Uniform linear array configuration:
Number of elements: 48
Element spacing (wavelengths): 1
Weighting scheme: exponential
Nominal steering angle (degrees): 15
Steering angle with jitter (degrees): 16.267
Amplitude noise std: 0.05
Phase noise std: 0.05

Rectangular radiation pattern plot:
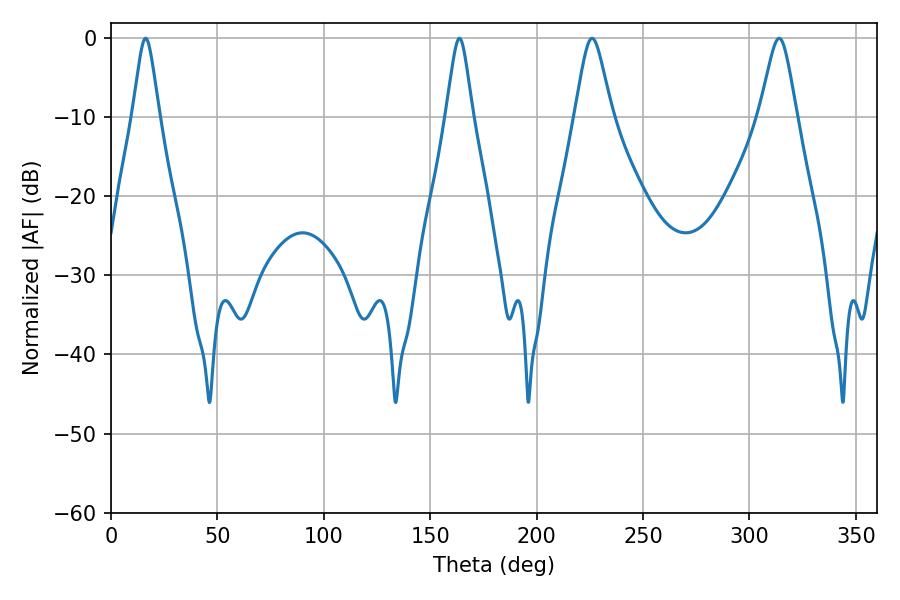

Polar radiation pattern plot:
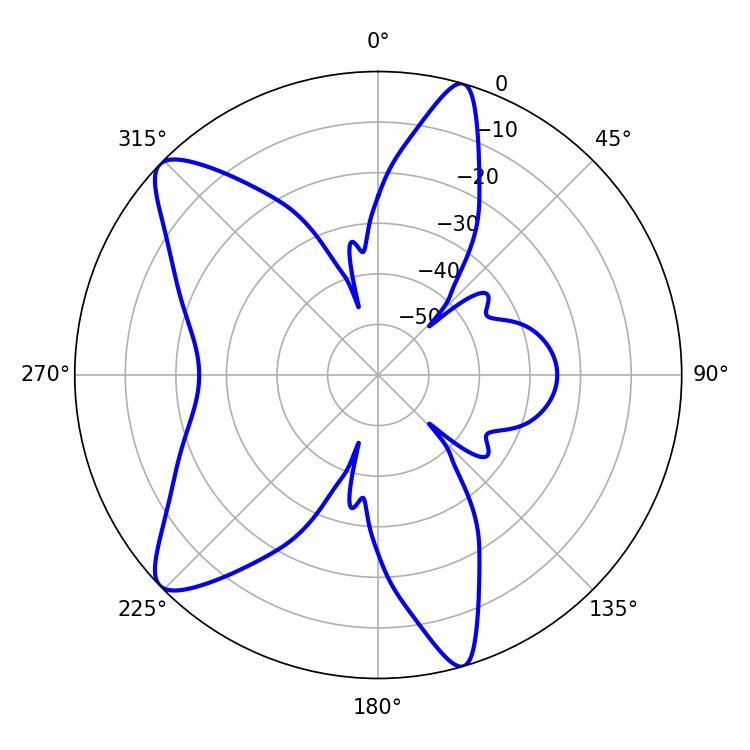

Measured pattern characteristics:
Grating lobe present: TRUE
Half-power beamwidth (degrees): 8.28
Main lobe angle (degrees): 226.08